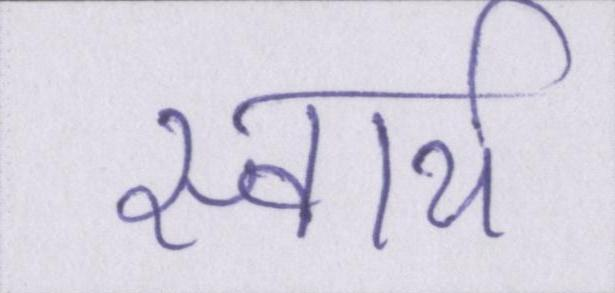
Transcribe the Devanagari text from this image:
स्वार्थ